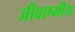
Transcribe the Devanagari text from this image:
जीवाष्मीय